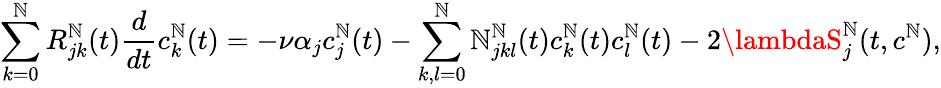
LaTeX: \sum_{k=0}^{\mathbb{N}}R_{jk}^{\mathbb{N}}(t)\frac{{d}}{{dt}}c_{k}^{\mathbb{N}}(t)=-\nu\alpha_{j}c_{j}^{\mathbb{N}}(t)-\sum_{k,l=0}^{\mathbb{N}}\mathcal{{\mathbb{N}}}_{jkl}^{\mathbb{N}}(t)c_{k}^{\mathbb{N}}(t)c_{l}^{\mathbb{N}}(t)-2\lambdaS_{j}^{\mathbb{N}}(t,c^{\mathbb{N}}),